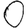
Digit: 0